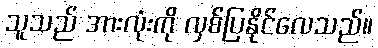
သူသည် အားလုံးကို လှစ်ပြနိုင်လေသည်။